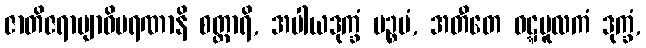
ဇာတိဇရာဗျာဓိမရဏာနိ စတ္တာရိ, အပါယဒုက္ခံ ပဉ္စမံ, အတီတေ ဝဋ္ဋမူလကံ ဒုက္ခံ,